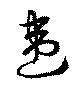
違